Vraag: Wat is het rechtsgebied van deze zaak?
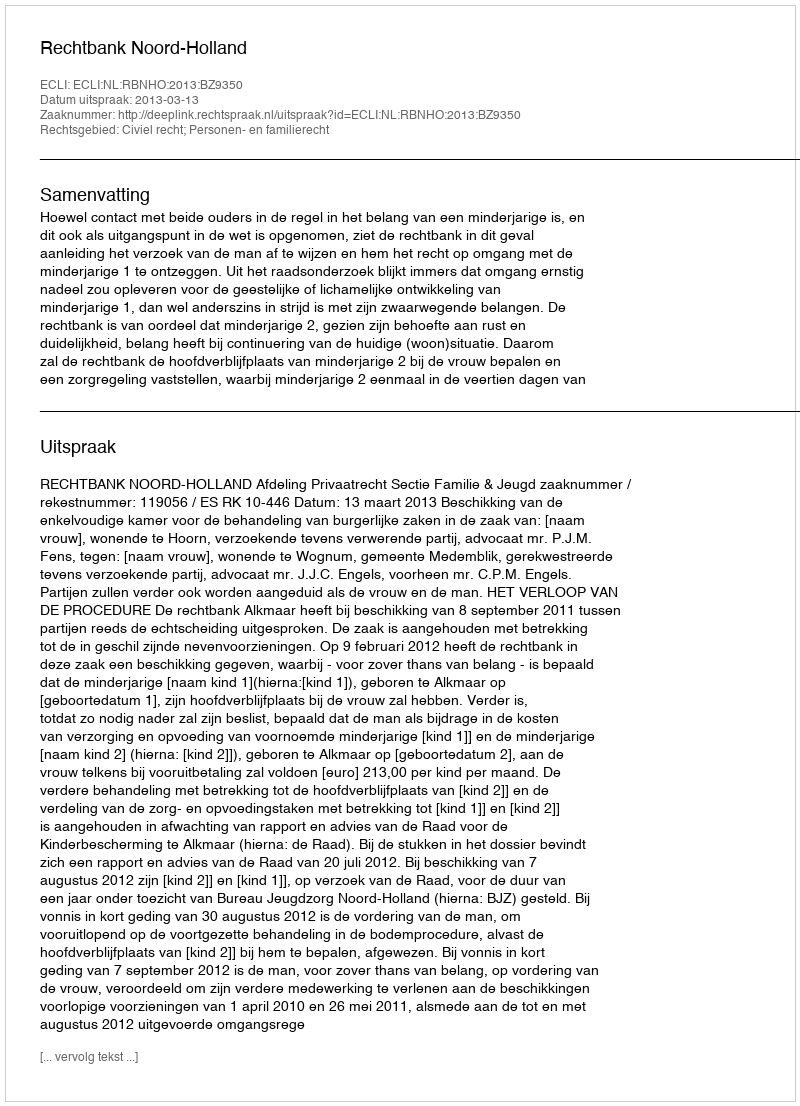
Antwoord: Civiel recht; Personen- en familierecht